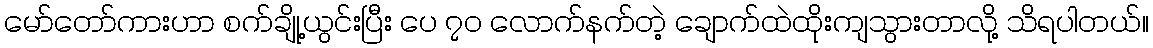
မော်တော်ကားဟာ စက်ချို့ယွင်းပြီး ပေ ၇၀ လောက်နက်တဲ့ ချောက်ထဲထိုးကျသွားတာလို့ သိရပါတယ်။